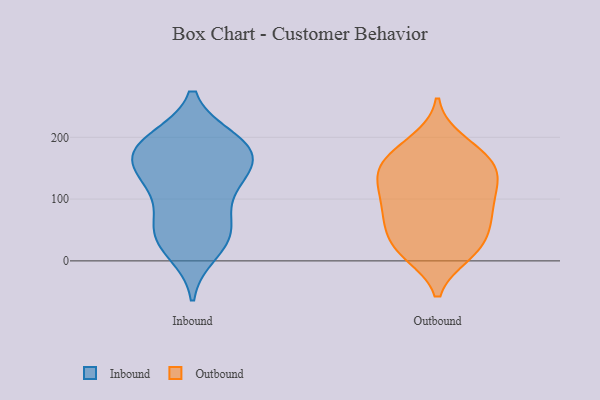
{"axis": {"x": "Temperature (°C)", "y": "Value"}, "legend": ["Inbound", "Outbound"], "data": [{"x": "", "y": 195, "type": "Inbound"}, {"x": "", "y": 124, "type": "Inbound"}, {"x": "", "y": 175, "type": "Inbound"}, {"x": "", "y": 63, "type": "Inbound"}, {"x": "", "y": 33, "type": "Inbound"}, {"x": "", "y": 158, "type": "Inbound"}, {"x": "", "y": 183, "type": "Inbound"}, {"x": "", "y": 192, "type": "Inbound"}, {"x": "", "y": 15, "type": "Inbound"}, {"x": "", "y": 155, "type": "Inbound"}, {"x": "", "y": 112, "type": "Inbound"}, {"x": "", "y": 48, "type": "Inbound"}, {"x": "", "y": 186, "type": "Inbound"}, {"x": "", "y": 136, "type": "Inbound"}, {"x": "", "y": 47, "type": "Inbound"}, {"x": "", "y": 54, "type": "Outbound"}, {"x": "", "y": 52, "type": "Outbound"}, {"x": "", "y": 194, "type": "Outbound"}, {"x": "", "y": 101, "type": "Outbound"}, {"x": "", "y": 13, "type": "Outbound"}, {"x": "", "y": 147, "type": "Outbound"}, {"x": "", "y": 103, "type": "Outbound"}, {"x": "", "y": 161, "type": "Outbound"}, {"x": "", "y": 21, "type": "Outbound"}, {"x": "", "y": 88, "type": "Outbound"}, {"x": "", "y": 11, "type": "Outbound"}, {"x": "", "y": 139, "type": "Outbound"}, {"x": "", "y": 20, "type": "Outbound"}, {"x": "", "y": 162, "type": "Outbound"}, {"x": "", "y": 72, "type": "Outbound"}, {"x": "", "y": 158, "type": "Outbound"}, {"x": "", "y": 66, "type": "Outbound"}, {"x": "", "y": 124, "type": "Outbound"}, {"x": "", "y": 127, "type": "Outbound"}, {"x": "", "y": 184, "type": "Outbound"}]}